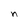
Character: S